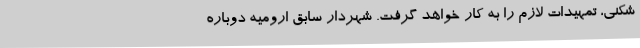
شکنی، تمهیدات لازم را به کار خواهد گرفت. شهردار سابق ارومیه دوباره